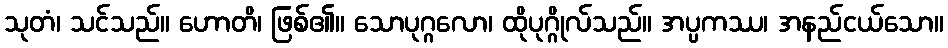
သုတံ၊ သင်သည်။ ဟောတိ၊ ဖြစ်၏။ သောပုဂ္ဂလော၊ ထိုပုဂ္ဂိုလ်သည်။ အပ္ပကဿ၊ အနည်ငယ်သော။